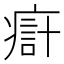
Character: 㾵